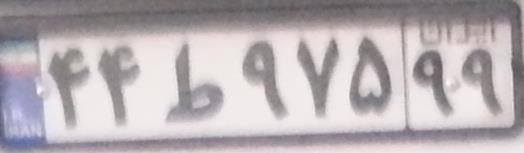
۴۴ط۹۷۵۹۹